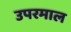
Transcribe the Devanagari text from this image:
उपरमाल